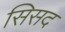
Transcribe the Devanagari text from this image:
सिसद